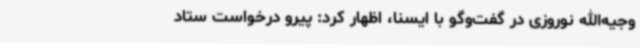
وجیه‌الله نوروزی در گفت‌وگو با ایسنا، اظهار کرد: پیرو درخواست ستاد